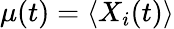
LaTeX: \mu(t)=\left<X_{i}(t)\right>